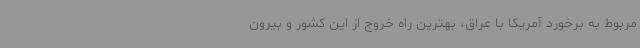
مربوط به برخورد آمریکا با عراق، بهترین راه خروج از این کشور و بیرون